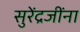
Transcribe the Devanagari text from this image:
सुरेंद्रजींना